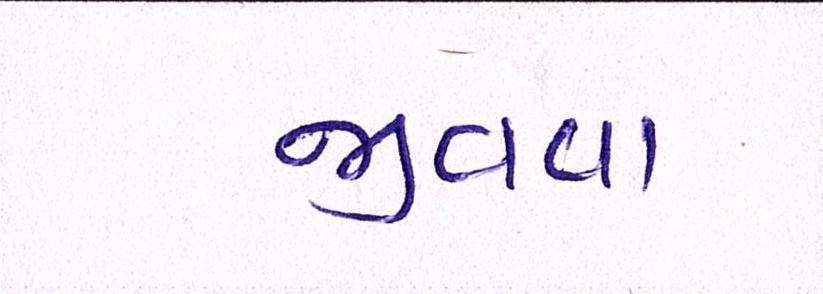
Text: જીવવા